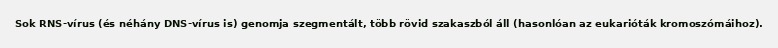
Sok RNS-vírus (és néhány DNS-vírus is) genomja szegmentált, több rövid szakaszból áll (hasonlóan az eukarióták kromoszómáihoz).